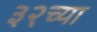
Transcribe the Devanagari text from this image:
३२च्या